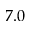
7 . 0